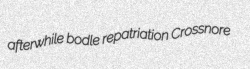
afterwhile bodle repatriation Crossnore